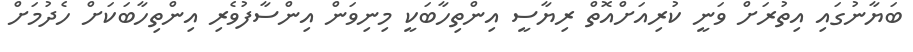
ބަޔާނުގައި އިތުރަށް ވަނީ ކުރިއަށްއޮތް ރިޔާސީ އިންތިހާބަކީ މިނިވަން އިންސާފުވެރި އިންތިހާބަކަށް ހެދުމަށް